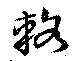
輅